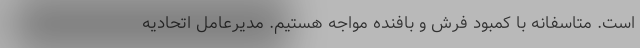
است. متاسفانه با کمبود فرش و بافنده مواجه هستیم. مدیرعامل اتحادیه